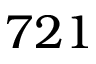
7 2 1